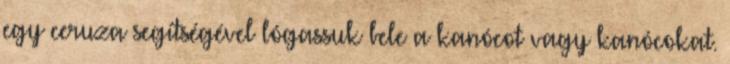
egy ceruza segítségével lógassuk bele a kanócot vagy kanócokat.